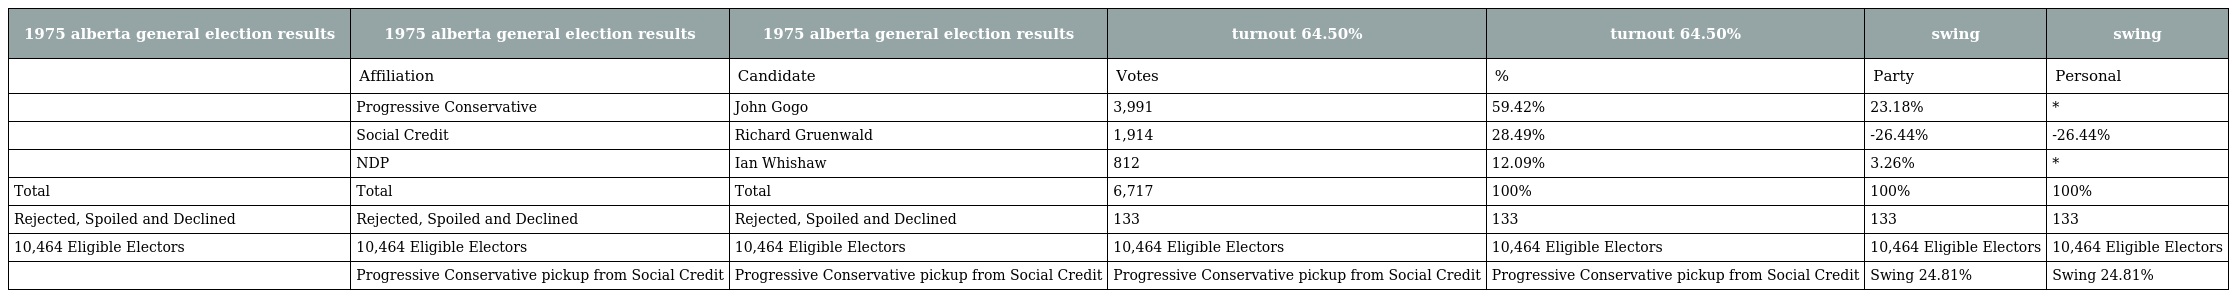
| 1975 alberta general election results | 1975 alberta general election results | 1975 alberta general election results | turnout 64.50% | turnout 64.50% | swing | swing |
 | --- | --- | --- | --- | --- | --- | --- |
 |  | Affiliation | Candidate | Votes | % | Party | Personal |
 |  | Progressive Conservative | John Gogo | 3,991 | 59.42% | 23.18% | * |
 |  | Social Credit | Richard Gruenwald | 1,914 | 28.49% | -26.44% | -26.44% |
 |  | NDP | Ian Whishaw | 812 | 12.09% | 3.26% | * |
 | Total | Total | Total | 6,717 | 100% | 100% | 100% |
 | Rejected, Spoiled and Declined | Rejected, Spoiled and Declined | Rejected, Spoiled and Declined | 133 | 133 | 133 | 133 |
 | 10,464 Eligible Electors | 10,464 Eligible Electors | 10,464 Eligible Electors | 10,464 Eligible Electors | 10,464 Eligible Electors | 10,464 Eligible Electors | 10,464 Eligible Electors |
 |  | Progressive Conservative pickup from Social Credit | Progressive Conservative pickup from Social Credit | Progressive Conservative pickup from Social Credit | Progressive Conservative pickup from Social Credit | Swing 24.81% | Swing 24.81% |